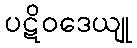
ပဋိဝဒေယျု